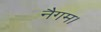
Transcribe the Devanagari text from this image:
नैगम।